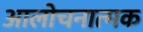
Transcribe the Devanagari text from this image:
आलोचनात्‍मक